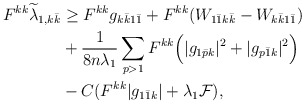
\begin{align*}\begin{aligned} F^{kk}\widetilde{\lambda}_{1,k\bar k} &\geq F^{kk}g_{k\bar k1\bar 1}+ F^{kk}(W_{1\bar 1k\bar k} - W_{k\bar k1\bar 1}) \\&+ \frac{1}{8n\lambda_1}\sum_{p > 1} F^{kk}\Big( |g_{1\bar pk}|^2 + |g_{p\bar 1k}|^2\Big) \\&- C(F^{kk}|g_{1\bar 1k}| + \lambda_1\mathcal{F}),\end{aligned}\end{align*}